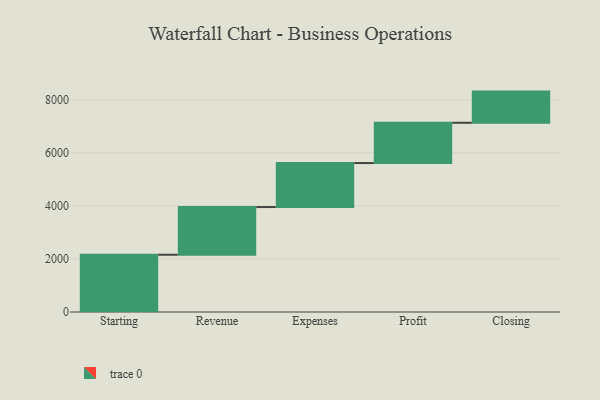
{"axis": {"x": "Step", "y": "Value"}, "legend": [""], "data": [{"x": "Starting", "y": 2158.0, "type": ""}, {"x": "Revenue", "y": 1797.0, "type": ""}, {"x": "Expenses", "y": 1658.0, "type": ""}, {"x": "Profit", "y": 1517.0, "type": ""}, {"x": "Closing", "y": 1175.0, "type": ""}]}